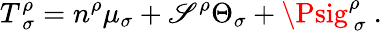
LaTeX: T_{\ \sigma}^{\rho}=n^{\rho}\mu_{\sigma}+\mathscr{S}^{\rho}\Theta_{\sigma}+\Psig_{\ \sigma}^{\rho}\ .